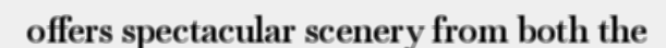
offers spectacular scenery from both the